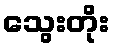
သွေးတိုး